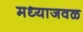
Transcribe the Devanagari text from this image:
मध्याजवळ